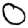
Digit: 0